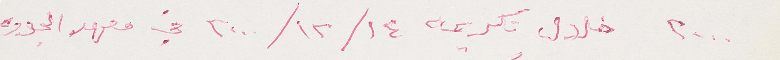
٢٠٠٠ خلال تكريمه ١٤/ ١٢/ ٢٠٠٠ في معهد الجوده